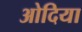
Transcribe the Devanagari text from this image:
ओदिया